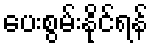
ပေးစွမ်းနိုင်ရန်